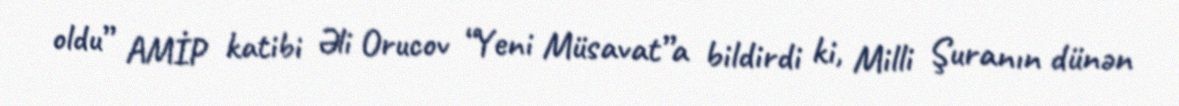
oldu” AMİP katibi Əli Orucov “Yeni Müsavat”a bildirdi ki, Milli Şuranın dünən